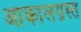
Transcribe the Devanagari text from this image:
आकालग्रस्त